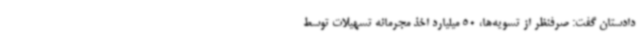
دادستان گفت: صرفنظر از تسویه‌ها، 50 میلیارد اخذ مجرمانه تسهیلات توسط